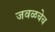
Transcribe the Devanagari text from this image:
जवळचेच